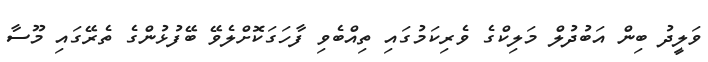
ވަލީދު ބިން އަބުދުލް މަލިކްގެ ވެރިކަމުގައި ތިއްބެވި ފާހަގަކޮށްލެވޭ ބޭފުޅުންގެ ތެރޭގައި މޫސާ